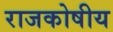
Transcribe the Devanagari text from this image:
राजकोषीय